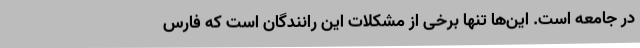
در جامعه است. این‌ها تنها برخی از مشکلات این رانندگان است که فارس